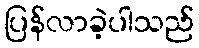
ပြန်လာခဲ့ပါသည်